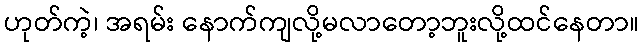
ဟုတ်ကဲ့၊ အရမ်း နောက်ကျလို့မလာတော့ဘူးလို့ထင်နေတာ။